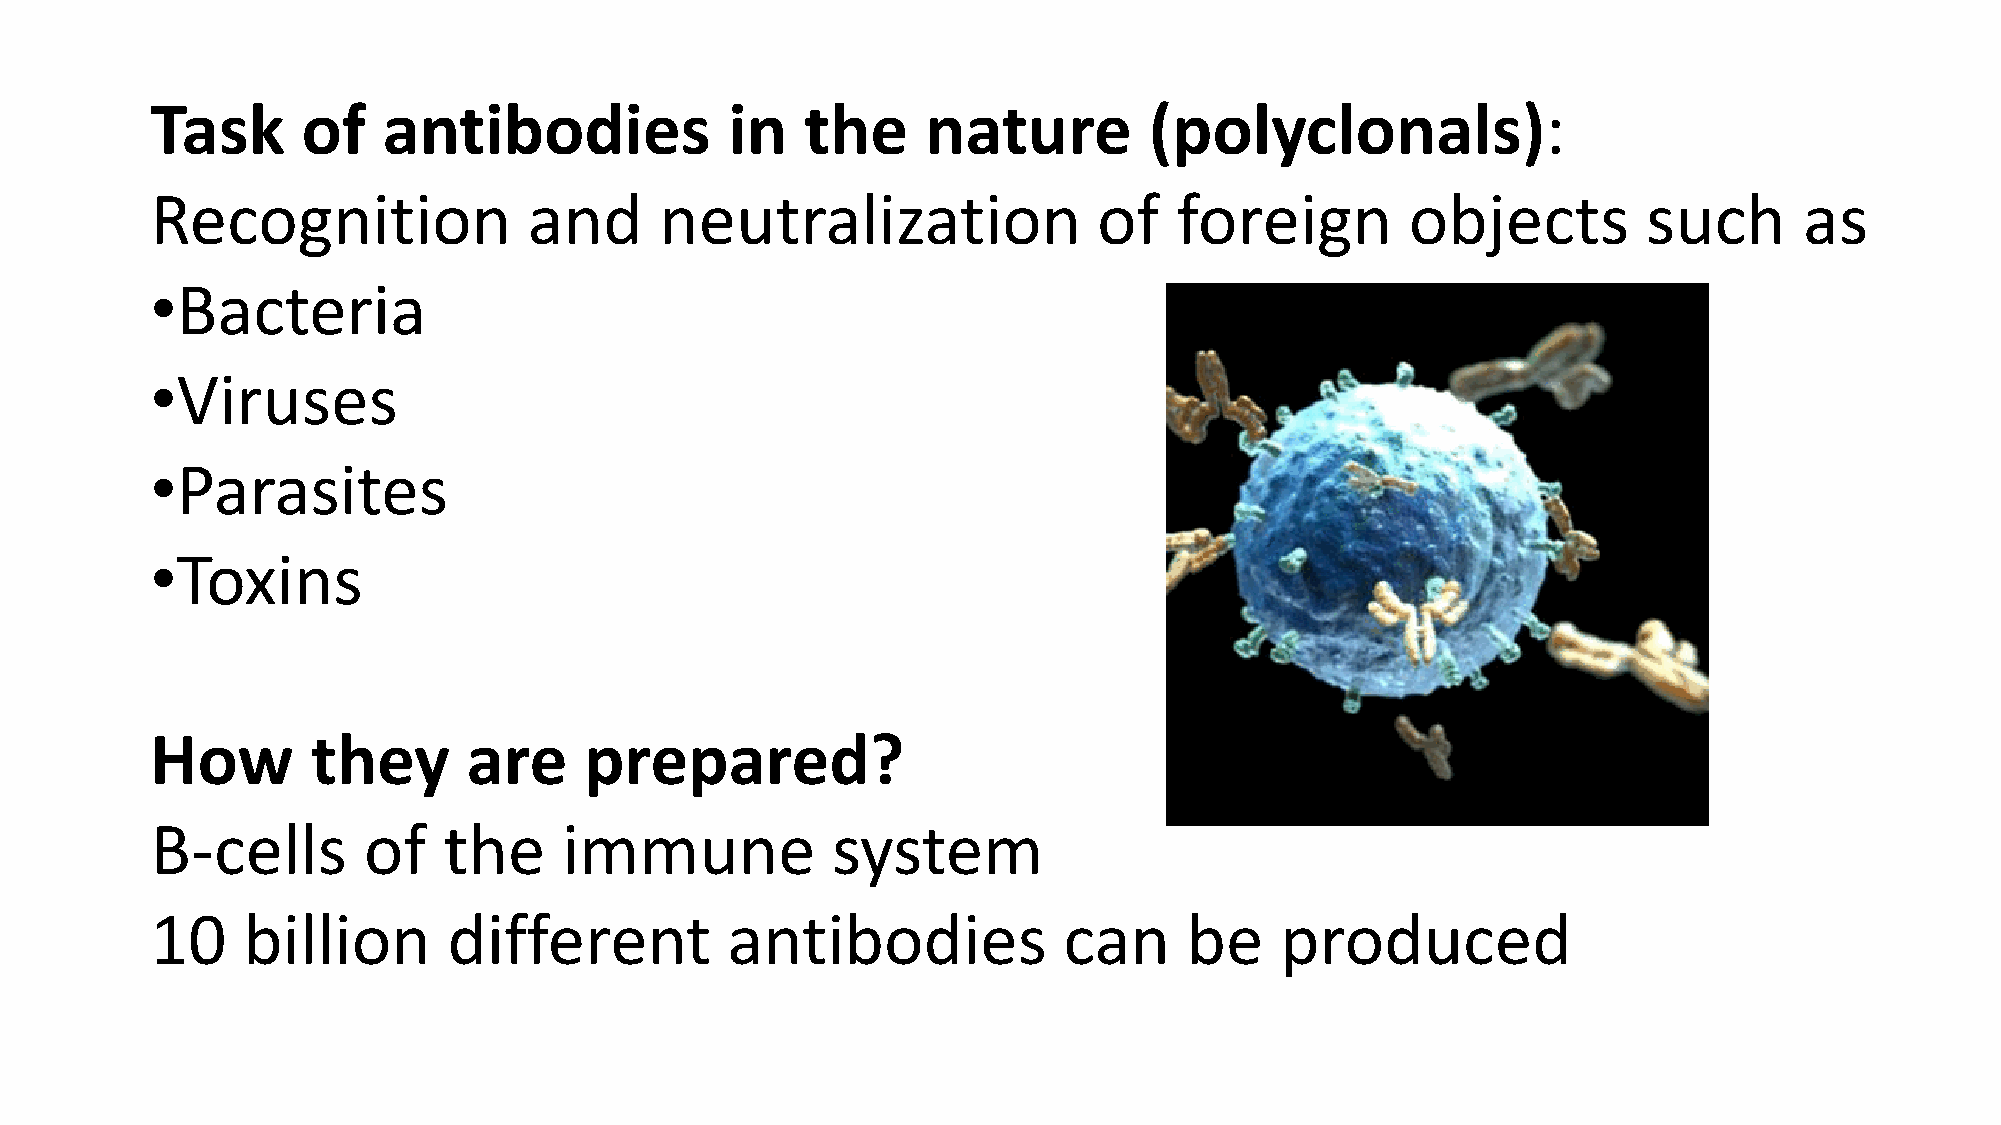
Task      of   antibodies             in   the     nature         (polyclonals):
 Recognition              and      neutralization               of   foreign        objects         such      as
 •Bacteria
 •Viruses
 •Parasites
 •Toxins
 How        they      are     prepared?
 B-cells       of   the     immune            system
 10    billion       different         antibodies            can      be    produced